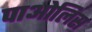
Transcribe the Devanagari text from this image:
पाओलिस